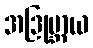
အဒြုဗ္ဘာယ